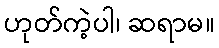
ဟုတ်ကဲ့ပါ၊ ဆရာမ။